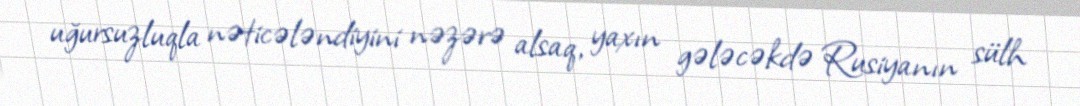
uğursuzluqla nəticələndiyini nəzərə alsaq, yaxın gələcəkdə Rusiyanın sülh